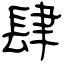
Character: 肆